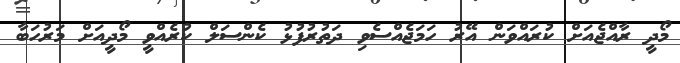
މޯދީ ރާއްޖެއަށް ކުރައްވަން އޭރު ހަމަޖެއްސެވި ދަތުރުފުޅު ކެންސަލް ކުރެއްވީ މޯދީއަށް މަރުހަބާ